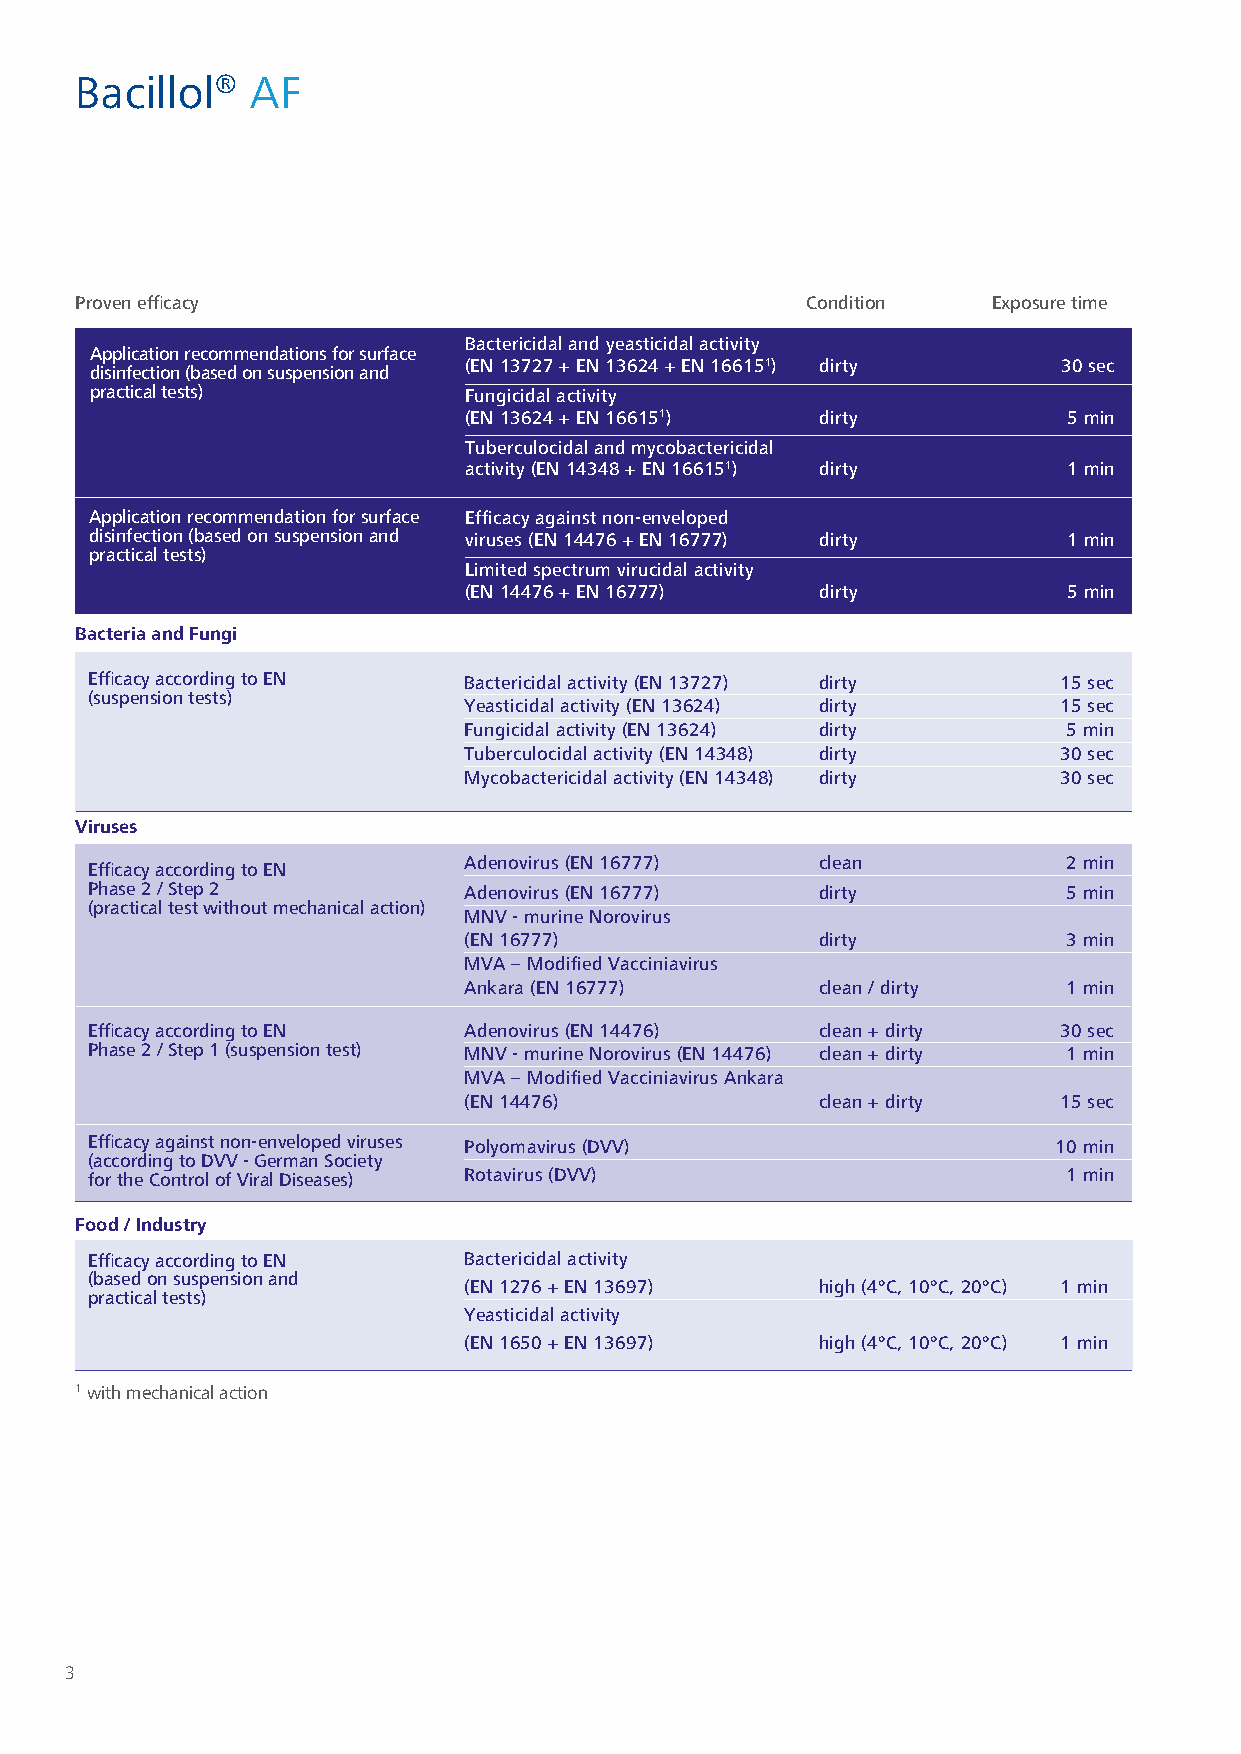
Bacillol®   AF
 Provenefficacy                                  Condition    Exposuretime
 Bactericidalandyeasticidalactivity
 Applicationrecommendationsforsurface
 (EN13727+EN13624+EN166151) dirty       30sec
 disinfection(basedonsuspensionand
 practicaltests)          Fungicidalactivity
 (EN13624+EN166151)     dirty            5min
 Tuberculocidalandmycobactericidal
 activity(EN14348+EN166151) dirty        1min
 Applicationrecommendationforsurface Efficacyagainstnon-enveloped
 disinfection(basedonsuspensionand viruses(EN14476+EN16777) dirty 1min
 practicaltests)
 Limitedspectrumvirucidalactivity
 (EN14476+EN16777)      dirty            5min
 BacteriaandFungi
 EfficacyaccordingtoEN    Bactericidalactivity(EN13727) dirty    15sec
 (suspensiontests)
 Yeasticidalactivity(EN13624) dirty     15sec
 Fungicidalactivity(EN13624) dirty       5min
 Tuberculocidalactivity(EN14348) dirty  30sec
 Mycobactericidalactivity(EN14348) dirty 30sec
 Viruses
 Adenovirus(EN16777)    clean            2min
 EfficacyaccordingtoEN
 Phase2/Step2             Adenovirus(EN16777)    dirty            5min
 (practicaltestwithoutmechanicalaction)
 MNV-murineNorovirus
 (EN16777)              dirty            3min
 MVA–ModifiedVacciniavirus
 Ankara(EN16777)        clean/dirty      1min
 EfficacyaccordingtoEN    Adenovirus(EN14476)    clean+dirty     30sec
 Phase2/Step1(suspensiontest) MNV-murineNorovirus(EN14476) clean+dirty 1min
 MVA–ModifiedVacciniavirusAnkara
 (EN14476)              clean+dirty     15sec
 Efficacyagainstnon-envelopedviruses Polyomavirus(DVV)           10min
 (accordingtoDVV-GermanSociety
 fortheControlofViralDiseases) Rotavirus(DVV)                     1min
 Food/Industry
 EfficacyaccordingtoEN    Bactericidalactivity
 (basedonsuspensionand
 (EN1276+EN13697)       high(4°C,10°C,20°C) 1min
 practicaltests)
 Yeasticidalactivity
 (EN1650+EN13697)       high(4°C,10°C,20°C) 1min
 1withmechanicalaction
 3